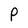
Character: P